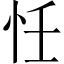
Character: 𢗖